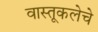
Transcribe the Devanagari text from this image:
वास्तूकलेचे